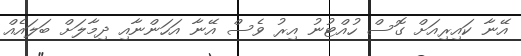
އޭނާ ކައިރިއަށް ގޮސް ހުއްޓުނު އިރު ވެސް އޭނާ އަހަންނާއި ދިމާލަށް ބަލައެއް